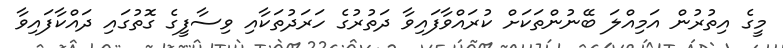
މީގެ އިތުރުން އަމިއްލަ ބޭނުންތަކަށް ކުރައްވާފައިވާ ދަތުރުގެ ހަރަދުތަކާއި ވިސާފީގެ ގޮތުގައި ދައްކާފައިވާ